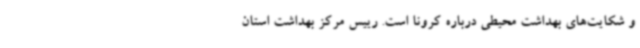
و شکایت‌های بهداشت محیطی درباره کرونا است. رییس مرکز بهداشت استان